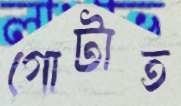
গোটাত